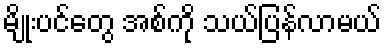
မျိုးပင်တွေ အစ်ကို သယ်ပြန်လာမယ်